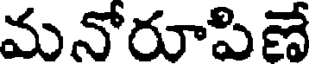
మనోరూపిణే